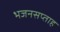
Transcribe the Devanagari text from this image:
भजनसप्ताह